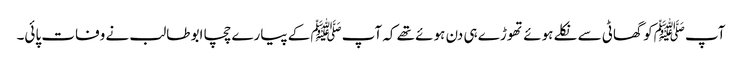
آپ ﷺکو گھاٹی سے نکلے ہوئے تھوڑے ہی دن ہوئے تھے کہ آپﷺ کے پیارے چچا ابو طالب نے وفات پائی۔